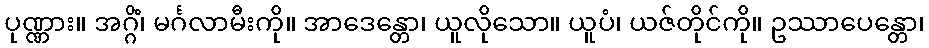
ပုဏ္ဏား။ အဂ္ဂိံ၊ မင်္ဂလာမီးကို။ အာဒေန္တော၊ ယူလိုသော။ ယူပံ၊ ယဇ်တိုင်ကို။ ဥဿာပေန္တော၊